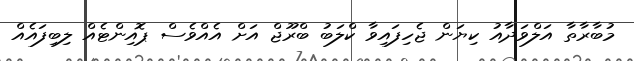
މުބާރާތާ އަލްވަދާއު ކިޔަން ޖެހިފައިވާ ކްލަބު ބްރޫޖް އަށް އެއްވެސް ޕޮއިންޓެއް ލިބިފައެއް